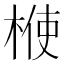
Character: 𣔤